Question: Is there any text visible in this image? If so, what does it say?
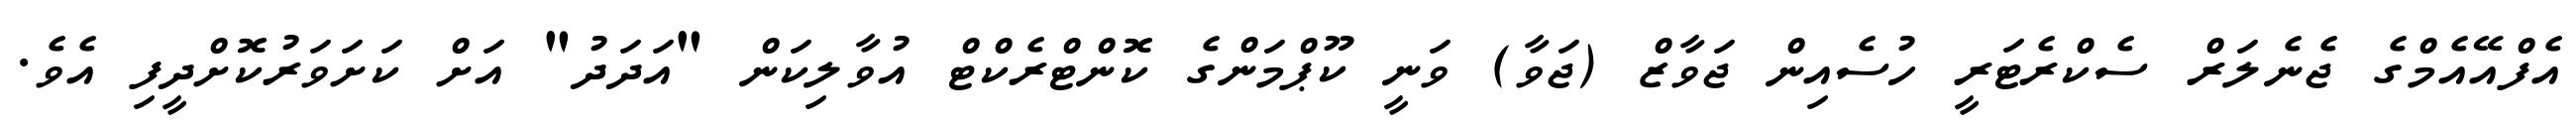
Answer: އެފްއޭއެމްގެ ޖެނެލަރް ސެކްރެޓަރީ ހުސެއިން ޖަވާޒް (ޖަވާ) ވަނީ ކޫޕްމަންގެ ކޮންޓްރެކްޓް އުވާލިކަން "އަދަދު" އަށް ކަށަވަރުކޮށްދީފި އެވެ.